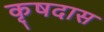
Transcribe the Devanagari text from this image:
कृषदास